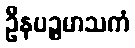
ဦနပဉ္စမာသကံ